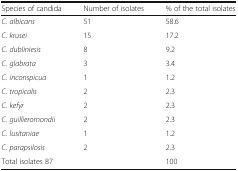
| Species of candida | Number of isolates | % of the total isolates |
 | --- | --- | --- |
 | C. albicans | 51 | 58.6 |
 | C. krusei | 15 | 17.2 |
 | C. dubliniesis | 8 | 9.2 |
 | C. glabrata | 3 | 3.4 |
 | C. inconspicua | 1 | 1.2 |
 | C. tropicalis | 2 | 2.3 |
 | C. kefyr | 2 | 2.3 |
 | C. guillieromondii | 2 | 2.3 |
 | C. lusitaniae | 1 | 1.2 |
 | C. parapsilosis | 2 | 2.3 |
 | Total isolates 87 |  | 100 |